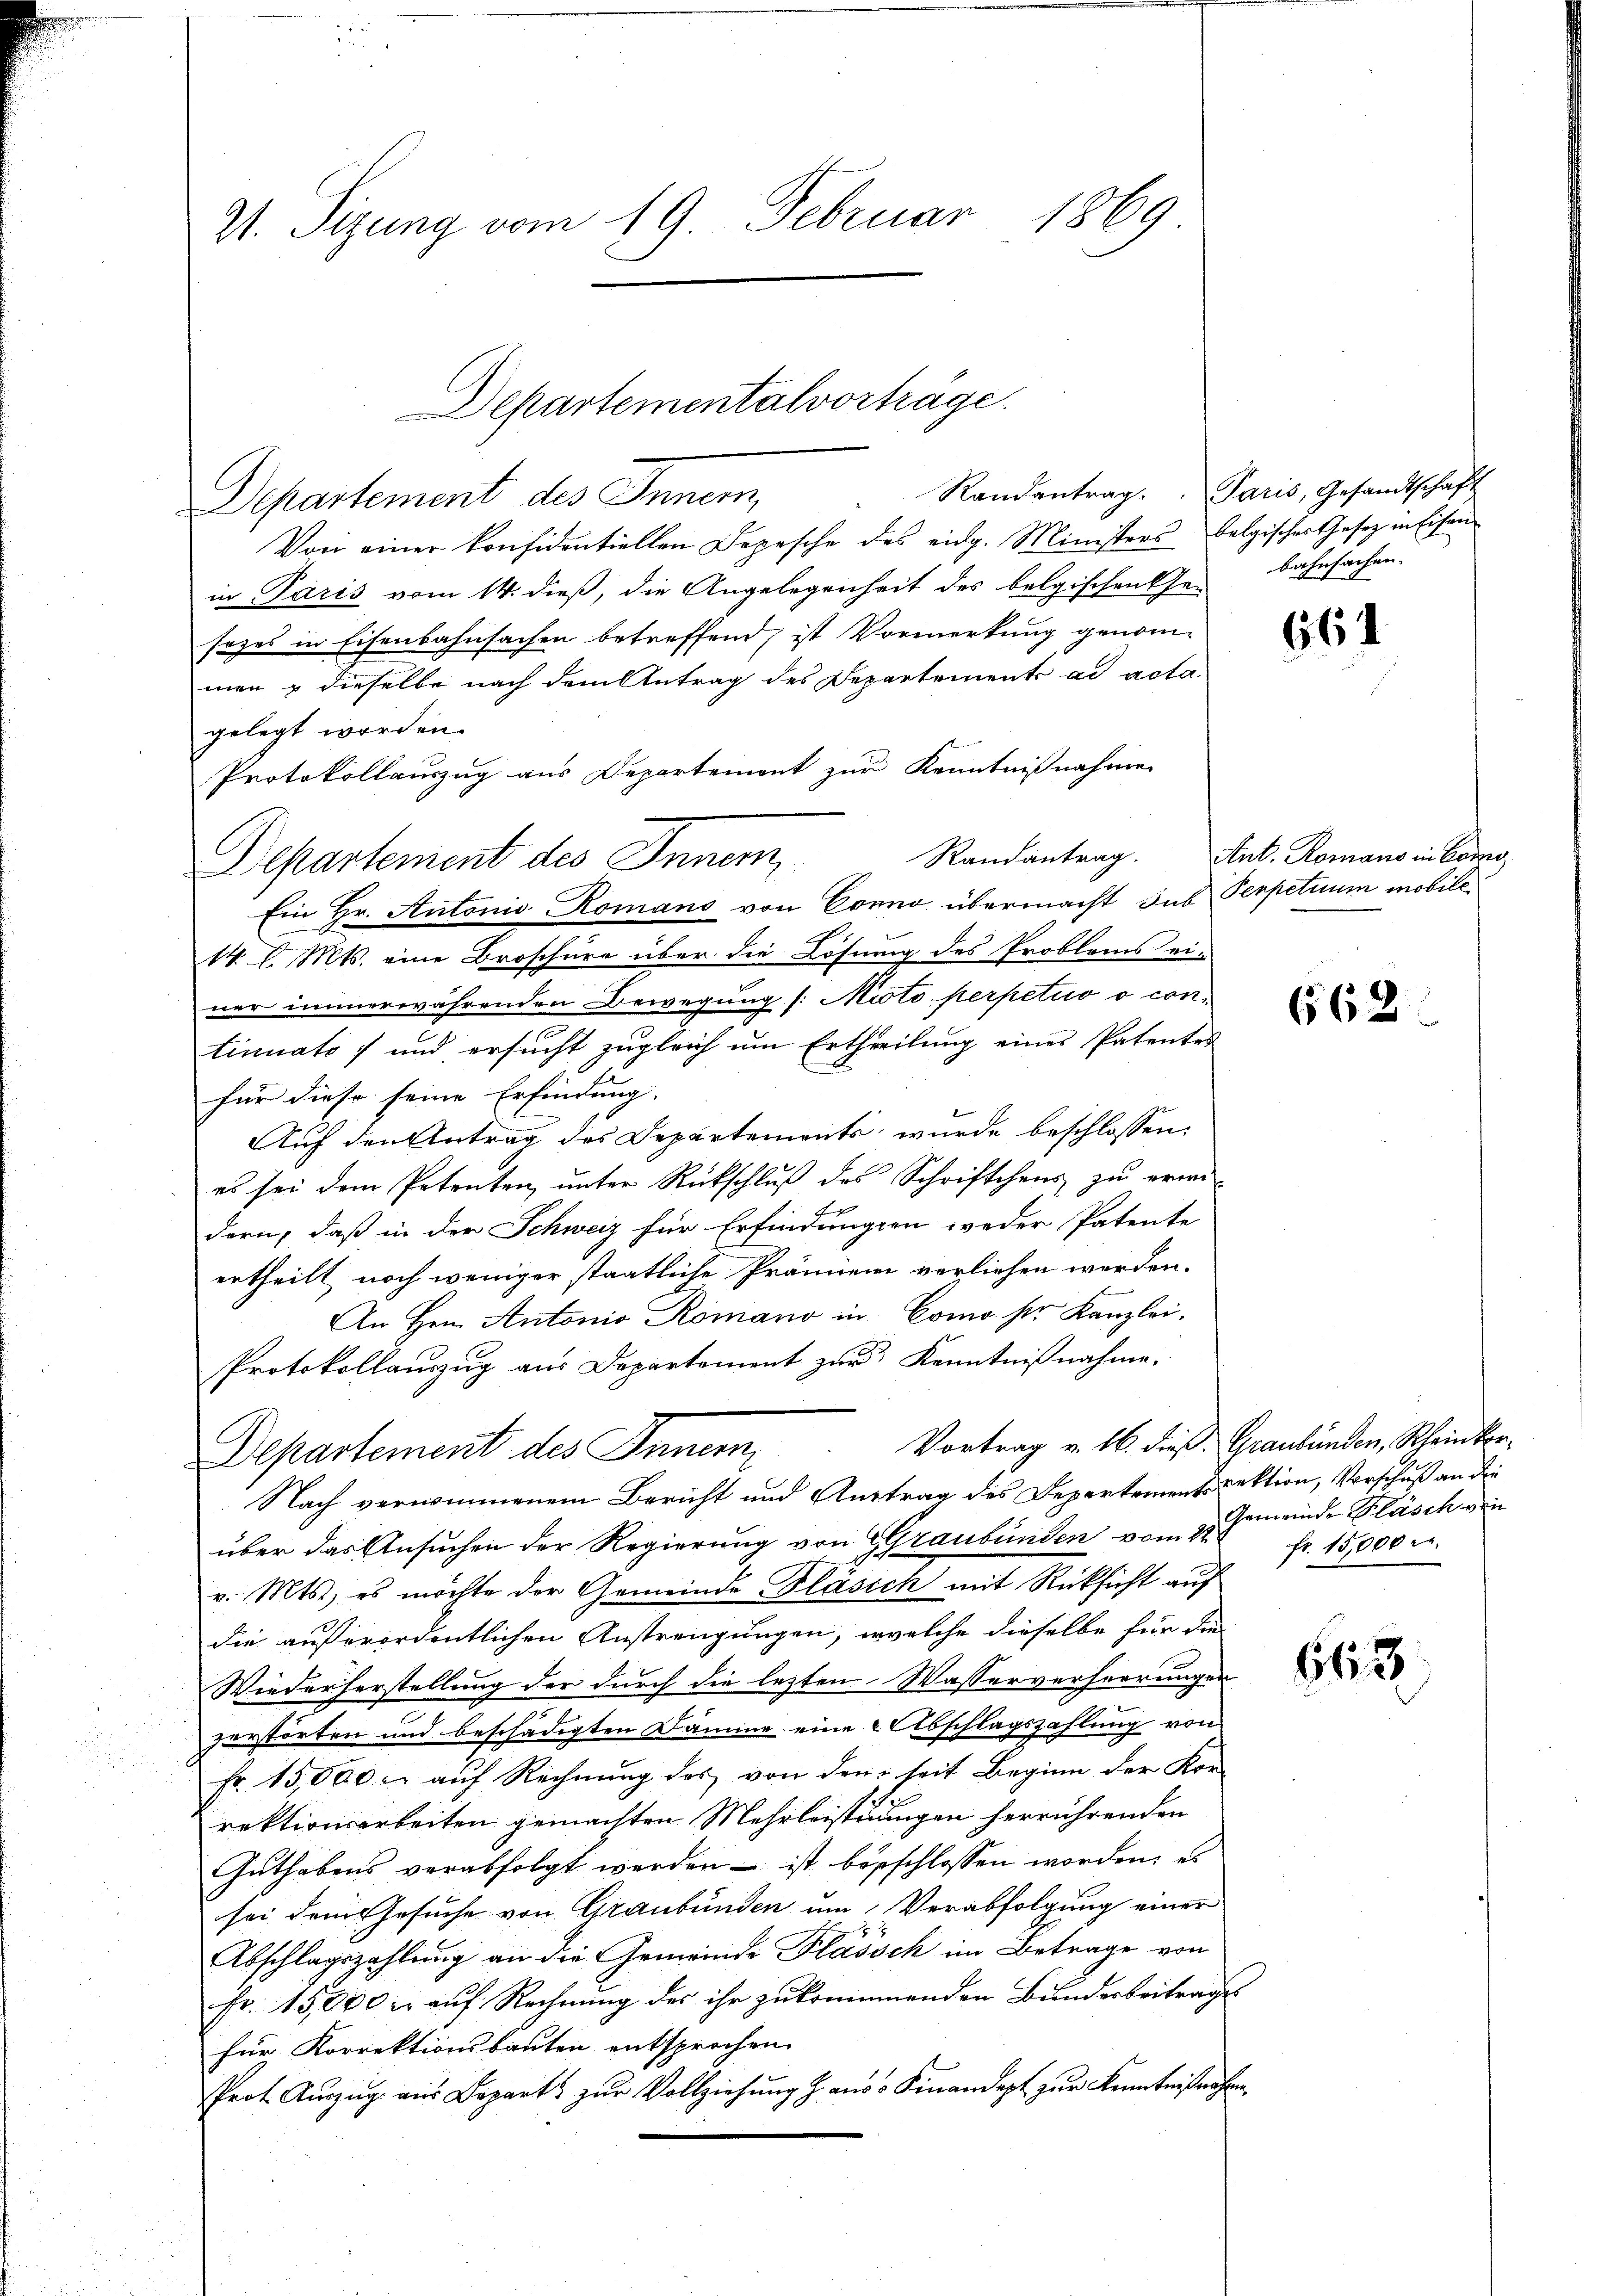
V. Sizung vom 19. Februar 1869

Departementalvorträge.

Randantrag. Paris, Gesandtschaft
Departement des Innern,
Von einer konfidentiellen Depesche des eidg. Ministers belgischer Gesetz in Eisenin Paris vom 14. dieß, die Angelegenheit des belgischen Gebahnfachen-
sezes in Eisenbahnsachen betreffend, ist Vormerkung genommen & dieselbe nach dem Antrag des Departements ad acta.
gelegt worden.
Protokollauszug aus Departement zur Kenntnißnahme
Departement des Inner
Ein Hr. Antonio Romans von Conno übermacht sub Serpetuum mobile¬
14 l. Mts. eine Broschüre über die Lösung des Problems ei-
ner immerwährenden Bewegung (: Nioto perpetuo o continuato) und ersucht zugleich um Ertheilung eines Patentes
für diese seine Erfindung. |
Auf den Antrag des Departements wurde beschlossen,
es sei dem Petenten, unter Rückschluß des Schriftchens zu erwei-
f
dern, daß in der Schweiz für Erfindungen weder Patente
ertheilt noch weniger staatliche Prämien verliehen werden.
An Hrn. Antonio Romano in Como ser Kanzlei.
Protokollauszug aus Departament zur Kenntnißnahme.
Vortrag v. 16. dieß. Graubünden, Rheinkor¬
Departement des Innern
Nach vernommenem Bericht und Auftrag des Departementspektion, Vorschuß an die
über das Ansuchen der Regierung von Graubünden vom 22 Fr. 15,000 M.
v. Mts., es möchte der Gemeinde Fläsich mit Rücksicht auf
die außerordentlichen Anstrengungen, welche dieselbe für die
Wiederherstellung der durch die lezten Wasserverherrungen
zerstörten und beschädigten Dämme eine Abschlagszahlung von
Fr. 15,000 c. auf Rechnung des von den seit Beginn der Kon-
rektionsarbeiten gemachten Mehrleistuungen herrührenden
Gŭthabens verabfolgt werden ist besschlossen worden; es
sei dem Gesuche von Graubünden um Verabfolgung einer

Abschlagszahlung an die Gemeinde Plassch im Betrage von
fr. 15,000 u. aŭf Rechnŭng des ihr zukommenden Bundesbeitrage
für Korrektionsbauten entsprochen.
Prot. Aŭszŭg aŭs Departs zŭr Vollziehŭng aŭs-Finandert zŭr Kenntnißnahm

661

Randantrag. Ant. Romans in Como,

662.

Gemeinde Pläsch von

663